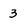
Character: 3